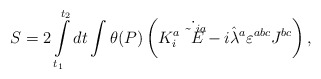
\begin{align*}S=2\int\limits_{t_1}^{t_2}dt\int\theta(P)\left(K^a_i\dot{\tilde E^{ia}}-i\hat\lambda^a\varepsilon^{abc}J^{bc}\right),\end{align*}